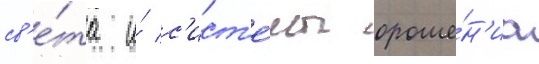
св'е́та и́ с'ист'е́мы ороше́н'иа